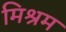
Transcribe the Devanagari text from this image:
मिश्रम